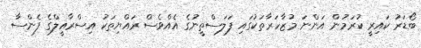
ބޯޑަރު ކައިރީ ކުރަމުން އަންނަ މުޒާހަރާތަކުގައި ފަލަސްތީނުގެ އެއްވެސް ރައްޔިތަކު އިސްރާއީލްގެ ފެންސާ